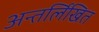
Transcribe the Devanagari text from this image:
अन्तर्लिखित